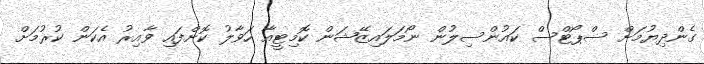
ގެންދިޔުމަށް ސްޕޯޓްސް ކައުންސިލުން ނޯމަލައިޒޭޝަން ކޮމިޓީއާ ހަވާލު ކޮށްފައި ވާއިރު އެކަން ކުރުމަށް